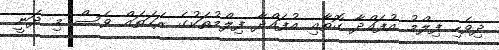
ދިވެހި ފިލްމު އުފައްދާ ގޮތާއި އުފައްދާ ފިލްމުތަކުގެ ރަހަތައް ވެސް މި ދަނީ